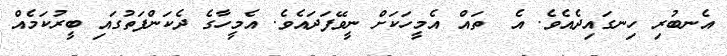
އެނބުރި ހިނގައިދެއެވެ. އެ  ތައް އެމީހަކަށް ނީވޭފަދައެވެ. އެމީހާގެ ދެކަންފަތުގައި ބީރުކަމެއް